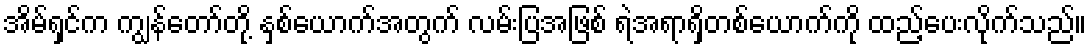
အိမ်ရှင်က ကျွန်တော်တို့ နှစ်ယောက်အတွက် လမ်းပြအဖြစ် ရဲအရာရှိတစ်ယောက်ကို ထည့်ပေးလိုက်သည်။